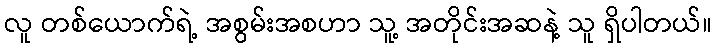
လူ တစ်ယောက်ရဲ့ အစွမ်းအစဟာ သူ့ အတိုင်းအဆနဲ့ သူ ရှိပါတယ်။